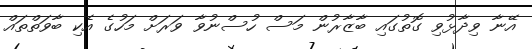
އޭނާ ވިދާޅުވި ގޮތުގައި ބާޒާރުން މަސް ހުސްނުވާ ވަރަށް މަހުގެ އެކި ބާވަތްތައް